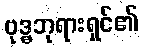
ဗုဒ္ဓဘုရားရှင်၏